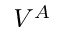
V ^ { A }